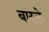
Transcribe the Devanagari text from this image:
बारले